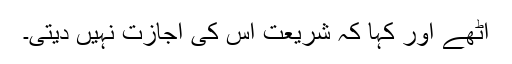
اُٹھے اور کہا کہ شریعت اس کی اجازت نہیں دیتی۔